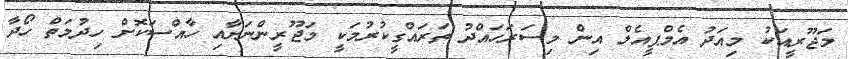
މަޖޫރީއަކު މިއަދު އެމްޕީއެލް އިން މިސަރަހައްދު ތަރައްގީކުރުމަކީ މަޖޫރީންނަށާއި ހާއްސަކޮށް ހިދުމަތް ހޯދާ